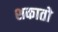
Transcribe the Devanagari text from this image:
शकातो